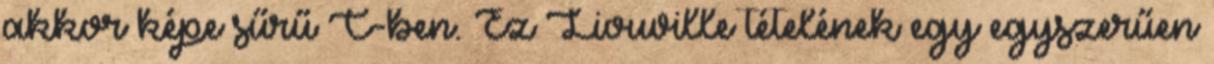
akkor képe sűrű C-ben. Ez Liouville tételének egy egyszerűen